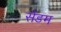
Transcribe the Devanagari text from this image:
सेंडम